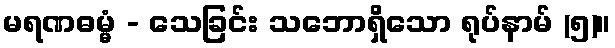
မရဏဓမ္မံ - သေခြင်း သဘောရှိသော ရုပ်နာမ် (၅)။